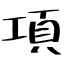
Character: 項